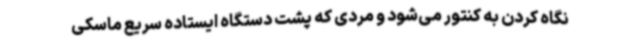
نگاه کردن به کنتور می‌شود و مردی که پشت دستگاه ایستاده سریع ماسکی